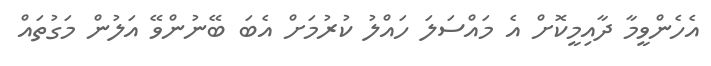
އެހެންވީމާ ދާއިމީކޮށް އެ މައްސަލަ ހައްލު ކުރުމަށް އެބަ ބޭނުންވޭ އަލުން މަގުތައް